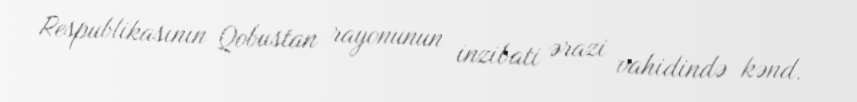
Respublikasının Qobustan rayonunun inzibati ərazi vahidində kənd.